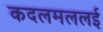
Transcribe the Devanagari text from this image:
कदलमललई